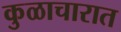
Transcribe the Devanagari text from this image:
कुळाचारात